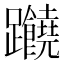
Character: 𲄖